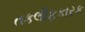
તકલીફકારક